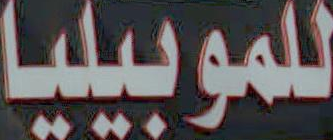
للموبيليا